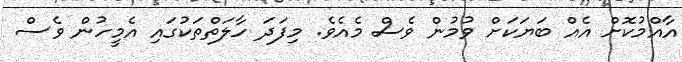
އާއްމުކޮށް އެއް ބަޔަކަށް ވުމުން ވެސް މެއެވެ. މިފަދަ ހާލަތްތަކުގައި އެމީހުން ވެސް